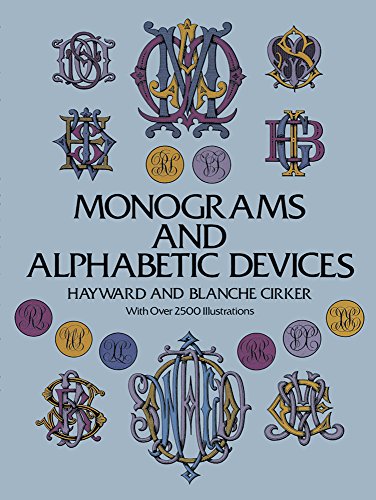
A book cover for Monograms and Alphabetic Devices (Lettering, Calligraphy, Typography); Arts & Photography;